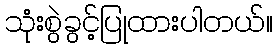
သုံးစွဲခွင့်ပြုထားပါတယ်။